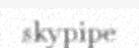
skypipe